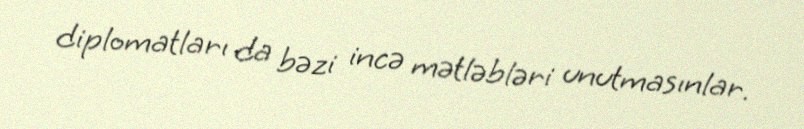
diplomatları da bəzi incə mətləbləri unutmasınlar.